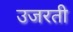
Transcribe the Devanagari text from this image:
उजरती